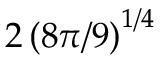
2 \left( 8 \pi / 9 \right) ^ { 1 / 4 }